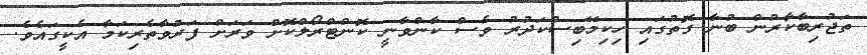
ތަޖުރިބާކާރުން ބުނާ ގޮތުގައި ހިކިމޭބިސްކަދުރު ވެސް ކާންވާނީ ކޮންޓްރޯލްކޮށް ވަރަށް ފަރުވާތެރިކަމާ އެކީގައެވެ.